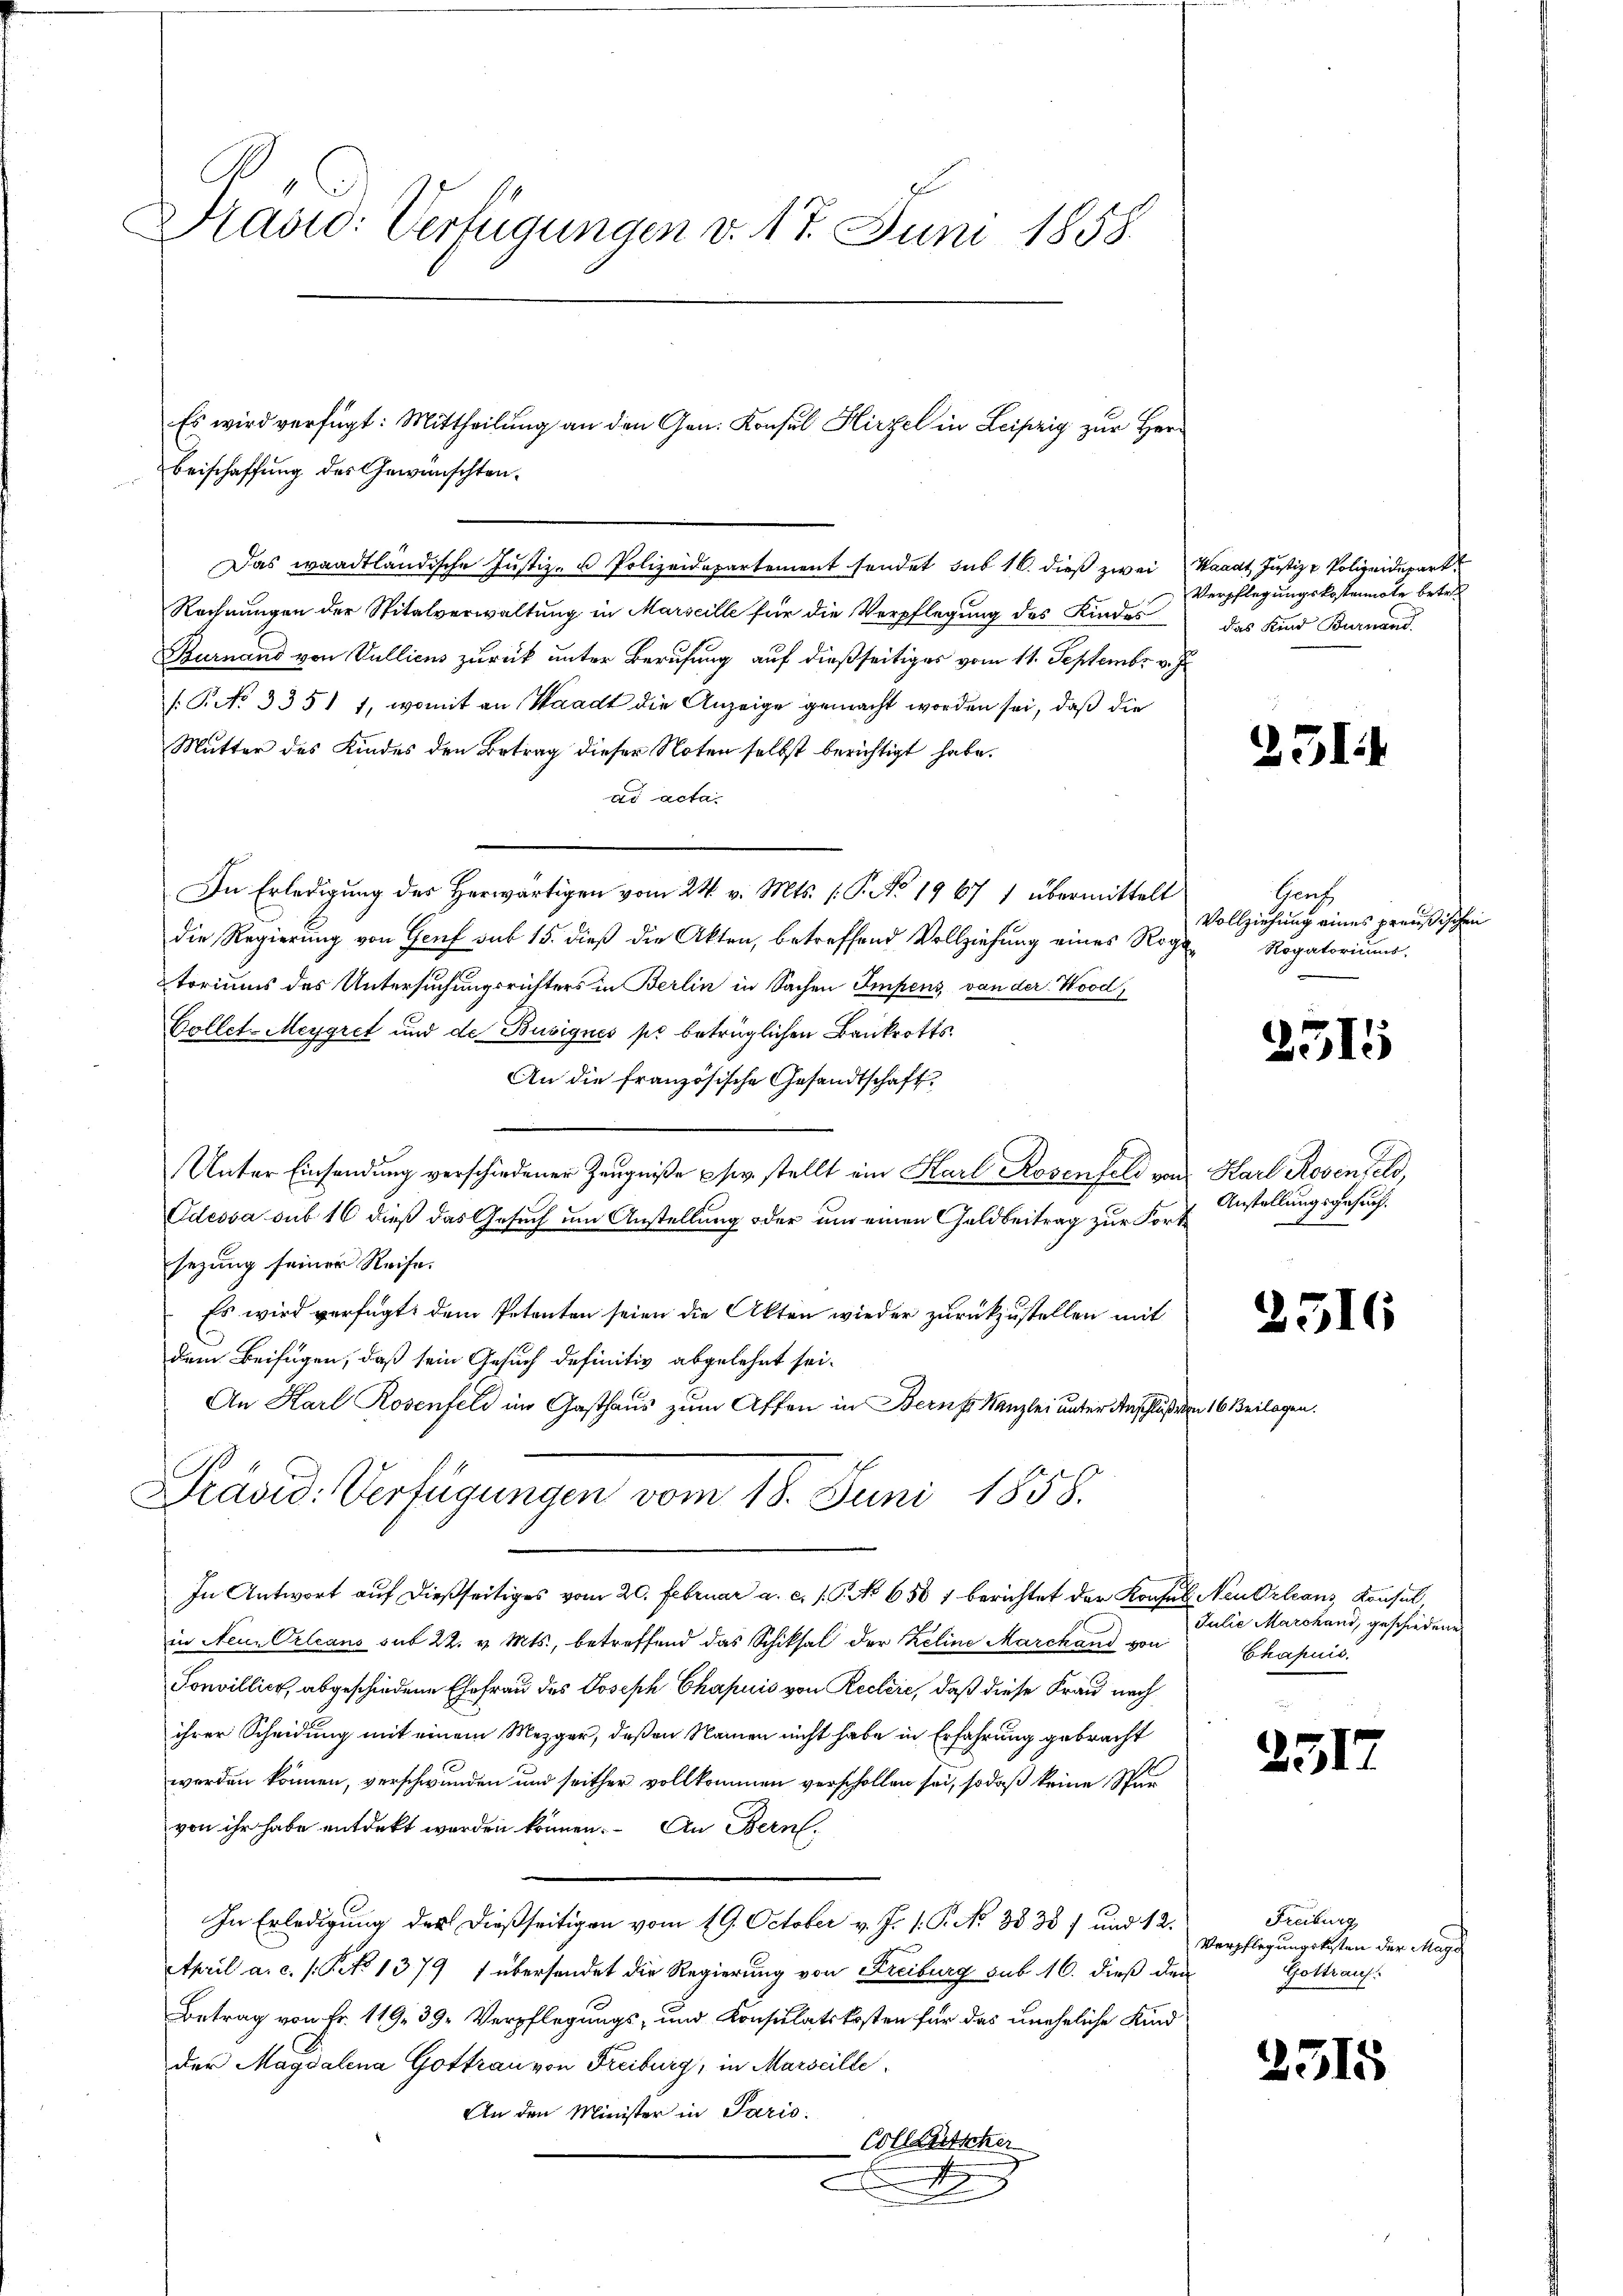
Kasio: Verfügungen v. 17. Juni 1858.

Beischaffung des Gewünschten.
Das waadtländische Justiz- u Polizeidepartement sendet sub 16. dieß zwei Waadt Justiz & Polizeidepart.
Rechnungen der Spitalverwaltung in Marseille für die Verpflegung des Kindes das Kind Burnand
Burnand von Vullicus zurück unter Berufung auf dießseitiges vom 11. Septembr v. J.
(T. No 3351 1, womit an Waadt die Anzeige gemacht worden sei, daß die
Mutter des Kindes den Betrag dieser Noten selbst berichtigt habe.
ad acta.
In Erledigung des Herwärtigen vom 24. v. Mts. (: P. No. 1967 1 übermittelt
die Regierung von Genf sub 15. dieß die Akten, betreffend Vollziehung eines Rogetoriums des Untersuchungsrichters in Berlin in Sachen Impens, von der Kood
Collet-Meygret und de Busignés pr betrüglichen Bankrotts¬
An die französische Gesandtschaft
Unter Einsendung verschiedener Zeugniße ser stellt ein Karl Rosenfeld von Karl Rosenfeld,
Odessa sub 16 dieß das Gesuch um Anstellung oder um einen Geldbeitrag zur Fortsezung seiner Reife.
Es wird verfügt: dem Petenten seien die Akten wieder zurückzustellen mit
dem Beifügen, daß sein Gesuch definitiv abgelehnt sei.
An Karl Rosenfeld im Gasthaus zum Affen in Bern Kanzlei unter Anschluß den 16 Beilage
Präsid. Verfügungen vom 18. Juni 1858.
In Antwort auf dießseitiges vom 20. Februar a. c. l. G. No 658 1 berichtet der Konsul Neu Orleans, Konsul
in Neu Orleans sub 22. v. Mts., betreffend das Schiksal der Zeline Marchand von
Sonvillier, abgeschiedene Ehefrau des Joseph Chapuis von Reclere, daß diese Frau nach
ihrer Scheidung mit einem Mezger, deßen Namen nicht habe in Erfahrung gebracht
werden können, verschwunden und seither vollkommen verschollen sei, sodaß keine Sparvon ihr habe entdeckt worden können. An Bern,
In Erledigung der dießseitigen vom 19. October v. J. 1. P. No 3838) und 12.
April a. c. s. Tit. 1379 übersendet die Regierung von Freiburg sub 16. dieß den
Betrag von Fr. 119. 39. Verpflegungs- und Konsulatskosten für das uneheliche Kind
der Magdalena Gottrau von Freiburg, in Marseille
An den Minister in Paris
Colletscher
t

Es wird verfügt: Mittheilung an den Gen. Konsul Hirzel in Leipzig zur Her¬

Verpflegungskostennote betr.

251.

Graf
Vollziehung eines preußischen
Rogatoriums.

2315

Anstellungsgesuch.

2516

Julie Marchand, geschiedene
Chapuis.

251.

Freiburg
Verpflegungskosten der Magi
Gottrauf.

2515